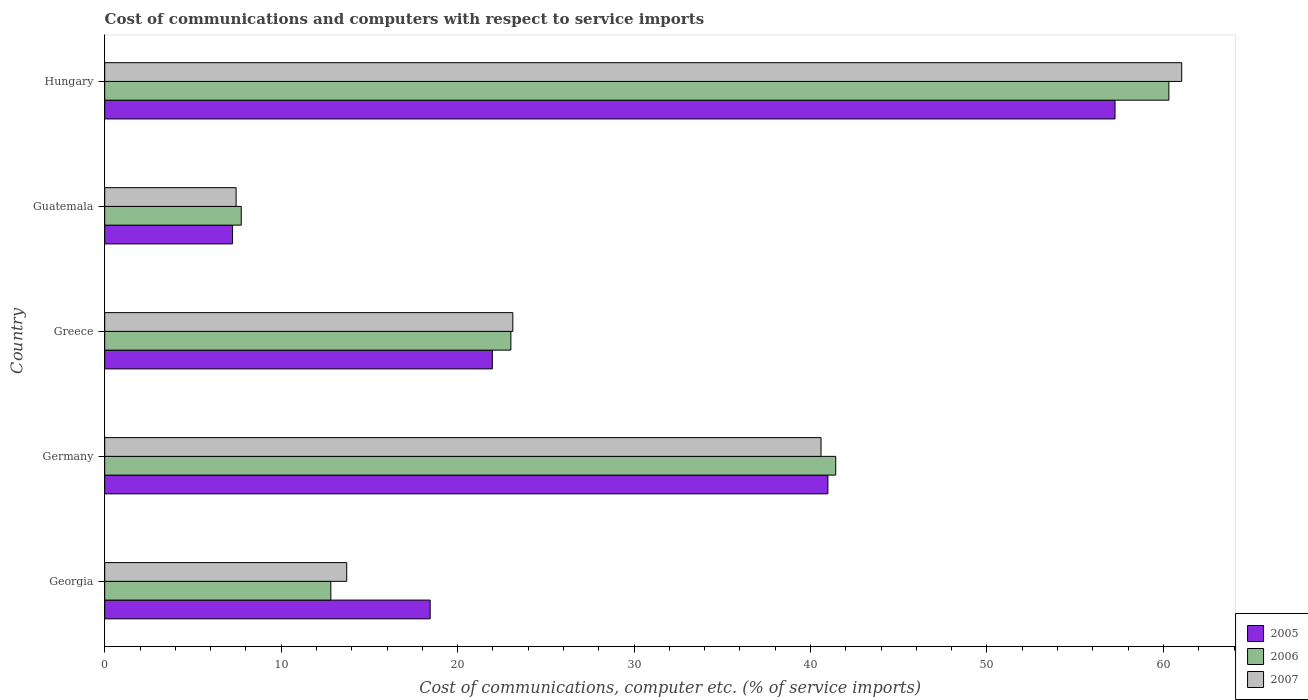
| Country | 2005 | 2006 | 2007 |
 | --- | --- | --- | --- |
 | Georgia | 18.4 | 12.8 | 13.7 |
 | Germany | 41 | 41.4 | 40.6 |
 | Greece | 22 | 23 | 23.1 |
 | Guatemala | 7.24 | 7.74 | 7.45 |
 | Hungary | 57.3 | 60.3 | 61 |